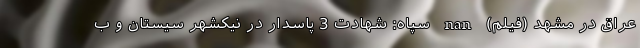
عراق در مشهد (فیلم) nan سپاه: شهادت 3 پاسدار در نیکشهر سیستان و ب